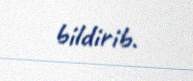
bildirib.